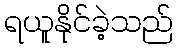
ရယူနိုင်ခဲ့သည်